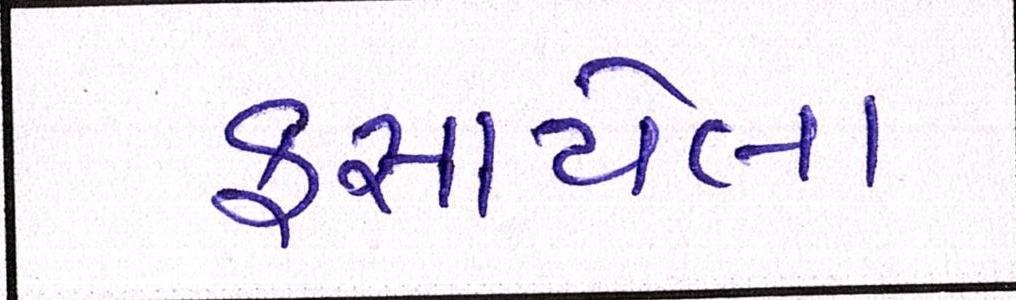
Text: ફસાયેલા